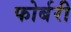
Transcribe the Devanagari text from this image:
फोर्बरी